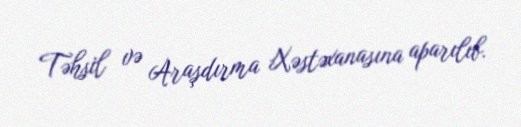
Təhsil və Araşdırma Xəstəxanasına aparılıb.